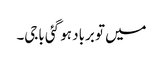
میں تو برباد ہو گئی باجی۔